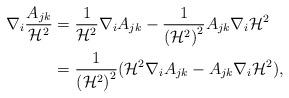
LaTeX: \begin{align*}\nabla_i\frac{A_{jk}}{\mathcal{H}^2}&=\frac{1}{\mathcal{H}^2}\nabla_iA_{jk}-\frac{1}{\left(\mathcal{H}^2\right)^2}A_{jk}\nabla_i\mathcal{H}^2\\&=\frac{1}{\left(\mathcal{H}^2\right)^2}(\mathcal{H}^2\nabla_iA_{jk}-A_{jk}\nabla_i\mathcal{H}^2),\end{align*}